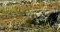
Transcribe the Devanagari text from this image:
आरडीओ